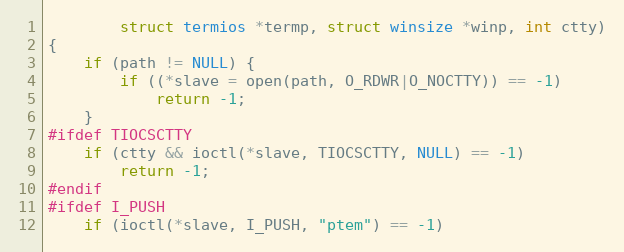
Language: C
        struct termios *termp, struct winsize *winp, int ctty)
{
    if (path != NULL) {
        if ((*slave = open(path, O_RDWR|O_NOCTTY)) == -1)
            return -1;
    }
#ifdef TIOCSCTTY
    if (ctty && ioctl(*slave, TIOCSCTTY, NULL) == -1)
        return -1;
#endif
#ifdef I_PUSH
    if (ioctl(*slave, I_PUSH, "ptem") == -1)